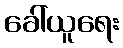
ခေါ်ယူရေး